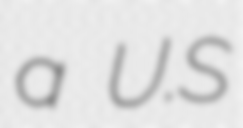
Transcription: a U.S